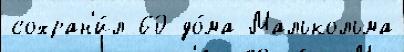
сохран'и́л 60 до́ма Малькольма